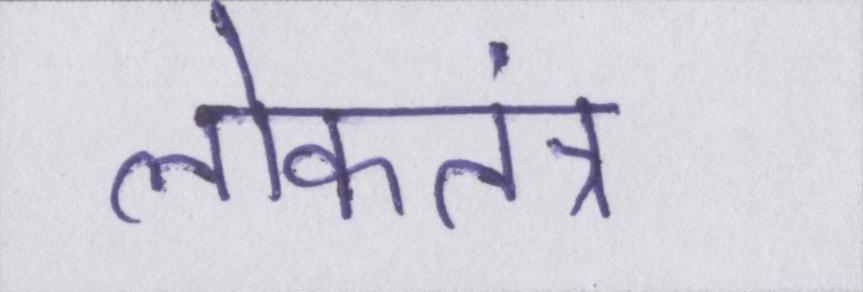
लोकतंत्र